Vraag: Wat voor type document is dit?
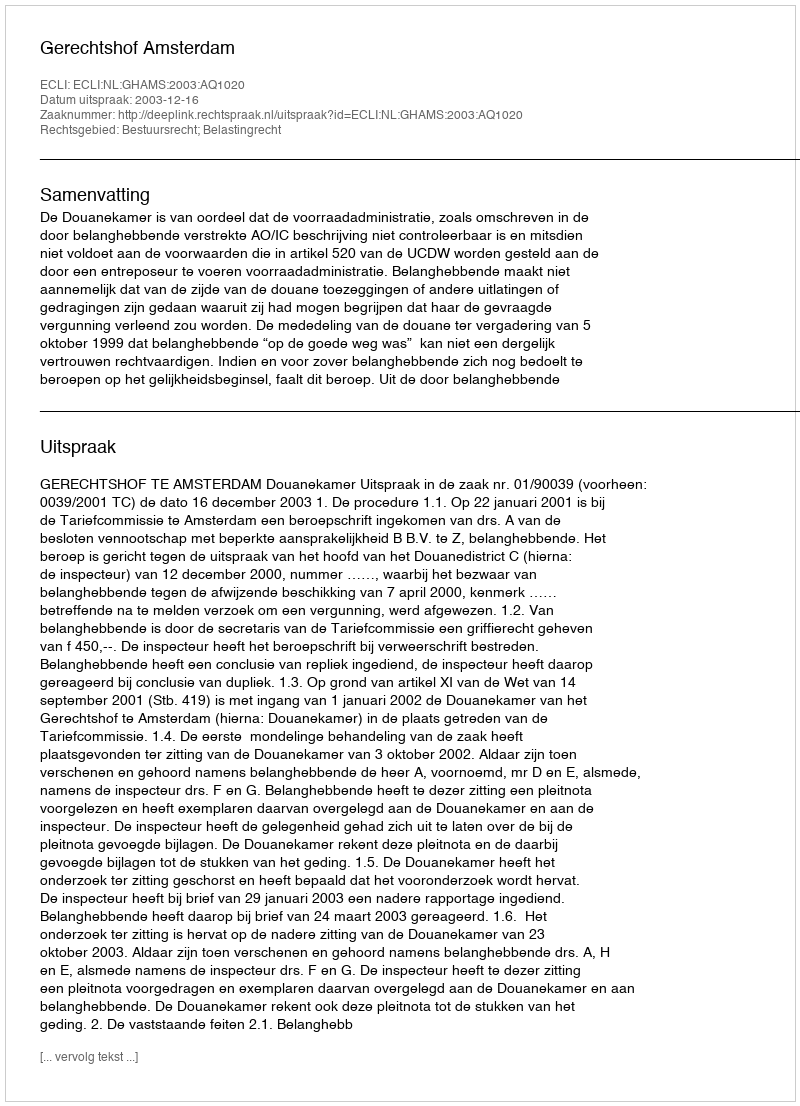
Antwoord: Uitspraak